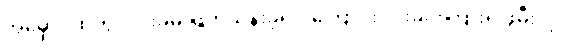
အမှောင်ထဲတွင် ငါးခုမှ ဖြတ်သန်းခဲ့ရပါကြောင်း လုံးခင်းကြားရှိ ဖွဲမီးလို